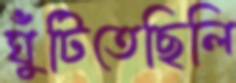
ঘুঁটিতেছিলি